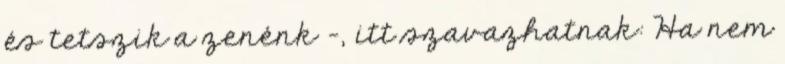
és tetszik a zenénk -, itt szavazhatnak: Ha nem